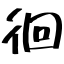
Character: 徊